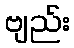
ဗျည်း